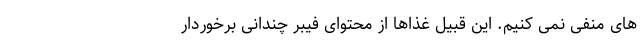
های منفی نمی کنیم. این قبیل غذاها از محتوای فیبر چندانی برخوردار